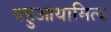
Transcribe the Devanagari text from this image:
बहुआयामित्व